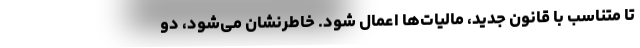
تا متناسب با قانون جدید، مالیات‌ها اعمال شود. خاطرنشان می‌شود، دو